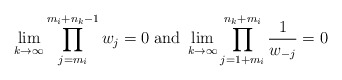
\begin{align*} \displaystyle\lim_{k\to \infty}\prod_{j=m_i}^{m_i+n_k-1}w_j=0 \;{\rm and }\; \displaystyle\lim_{k\to \infty}\prod_{j=1+m_i}^{n_k+m_i}\frac{1}{w_{-j}}=0\end{align*}